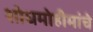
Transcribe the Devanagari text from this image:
शोधमोहीमांचे